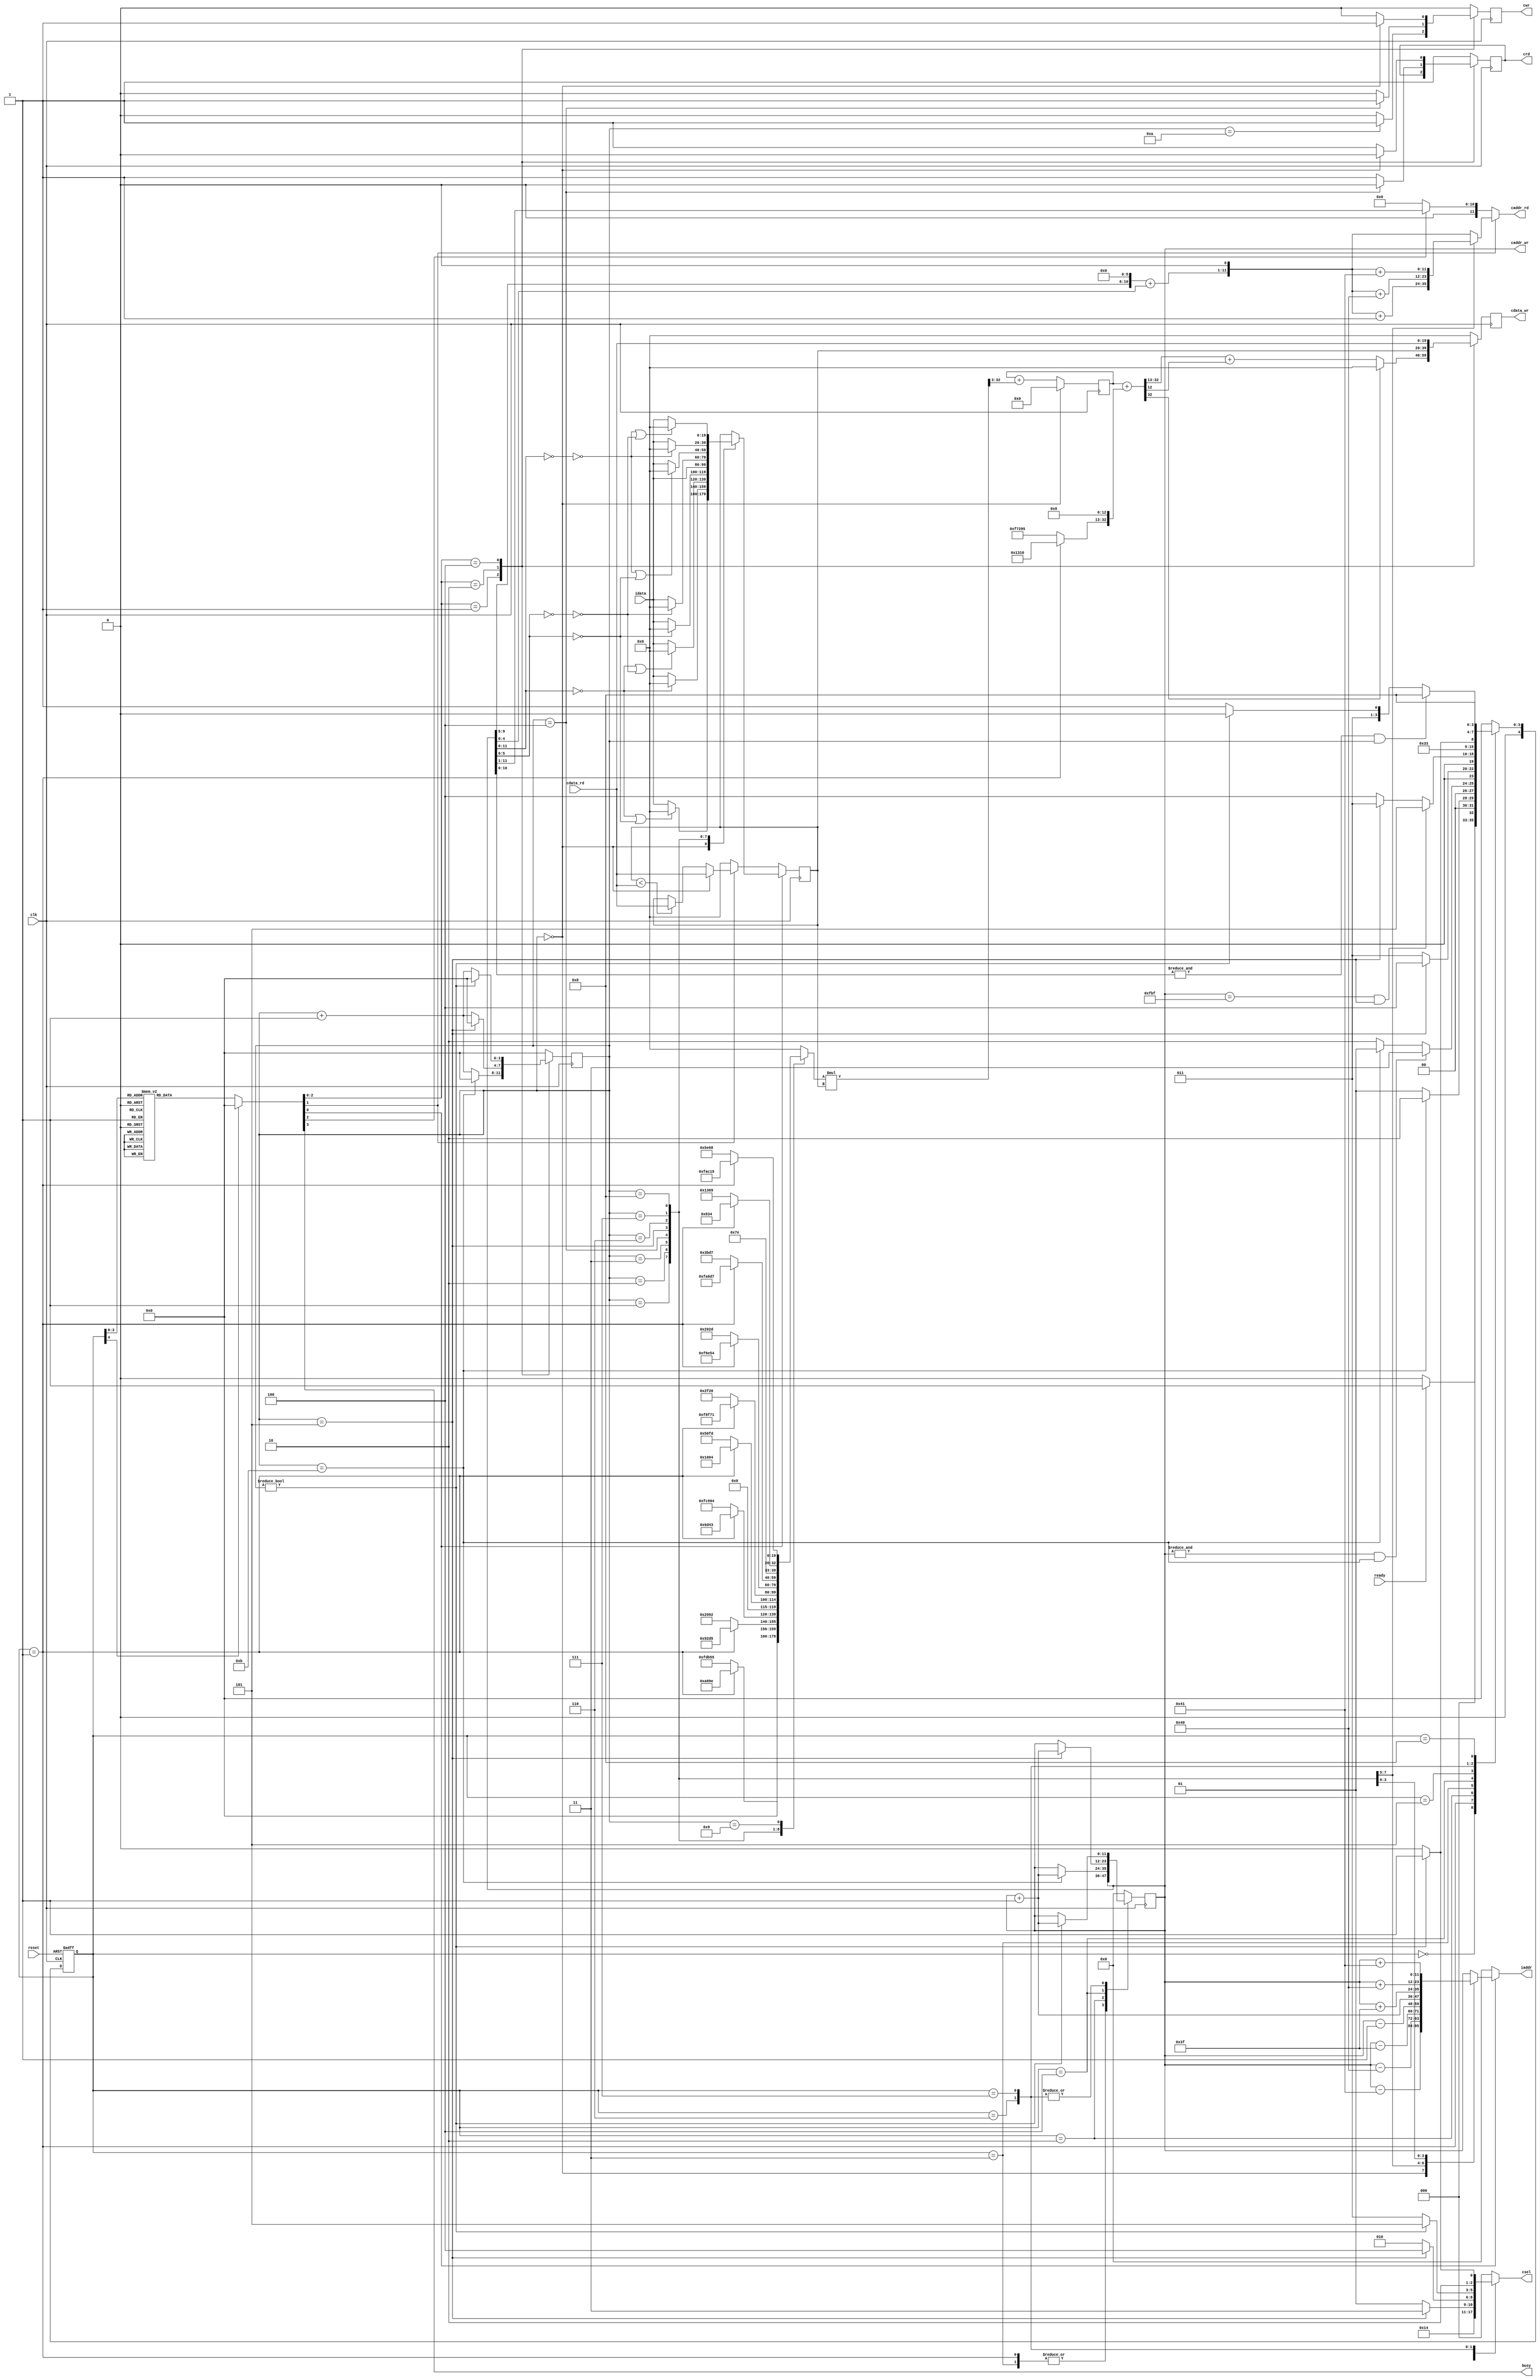
`timescale 1ns/10ps
module  CONV(
input		clk,
input		reset,
output		busy,	
input		ready,	
		
output	reg [11:0] iaddr,
input	[19:0]	idata,	

output	reg	cwr,
output	reg [11:0] caddr_wr,
output	reg [19:0] cdata_wr,

output	reg	crd,
output	reg [11:0] caddr_rd,
input	[19:0] 	cdata_rd,

output	reg [2:0] 	csel  
);
reg [4:0] status, next_status;
reg [3:0] work;
reg [3:0] count;
reg [19:0] kernal;
reg [32:0] kernal_data;
reg [19:0] k_data;

wire [19:0] bias = (status == 1)? 20'h01310: 20'hF7295;
wire [32:0] sum_kernal = $signed(kernal_data) + $signed({bias, 13'b0});
wire [11:0] num = {caddr_wr[11:5] << 2, 4'h0} + caddr_wr[4:0] << 1;
assign busy = work[3];
//=========================================================== status
always @(posedge clk, posedge reset) begin
	if(reset) status <= 5'h0;
	else status <= next_status;
end

always @(*) begin
	case(status)
		0:begin
			if(ready) next_status = 1;
			else next_status = 0;
		end
		1:begin //================================ kernal0 convolutional
			if(count == 11) next_status = 2;
			else next_status = 1;
		end
		2:begin //================================ kernal1 convolutional
			if((&caddr_wr) && (count == 11))
				next_status = 3;
			else if(count == 11) 
				next_status = 1;
			else 
				next_status = 2;
		end
		3:begin //================================ kernal0 max 
			if(count == 5) next_status = 4;
			else next_status = 3;
		end
		4:begin //================================ kernal1 max 
			if((caddr_wr == 20'd4031) && (count == 5))
				next_status = 5;
			else if(count == 5) 
				next_status = 3;
			else 
				next_status = 4;
		end
		5:	next_status = 6;
		6:begin
			if(count) next_status = 7;
			else	  next_status = 6;
		end
		7:begin
			if(&caddr_wr[10:0] && count)
				next_status = 8;
			else if(count)
				next_status = 6;
			else 
				next_status = 7;
		end
		8:	next_status = 8;
		default:next_status = 0;
	endcase
end

always @(*) begin
	case(status)
		1:	work = 4'b1001;
		2:	work = 4'b1001;
		3:	work = 4'b1010;
		4:	work = 4'b1010;
		5:	work = 4'b1000;
		6:	work = 4'b1100;
		7:	work = 4'b1100;
		8:	work = 4'b0000;
		default:work = 4'b0000;
	endcase
end
//=========================================================== count
always @(posedge clk) begin
	case(work[2:0])
		3'b001: begin
			if(count == 11) count <= 4'h0;
			else count <= count + 1'h1;
		end
		3'b010: begin
			if(count == 5) count <= 4'h0;
			else count <= count + 1'h1;
		end
		3'b100: begin
			if(count) count <= 4'h0;
			else count <= count + 1'h1;
		end
		default: count <= 4'h0;
	endcase
end
//=========================================================== caddr_wr
always @(posedge clk) begin
	case(status)
		1, 3:			caddr_wr <= caddr_wr;
		2:begin
			if(count == 11) caddr_wr <= caddr_wr + 1'b1;
		end
		4:begin
			if(count == 5)	caddr_wr <= caddr_wr + 1'b1;
		end
		6, 7:begin	
			if(count)	caddr_wr <= caddr_wr + 1'b1;
		end
		default:		caddr_wr <= 12'h0;
	endcase
end
//=========================================================== iaddr
always @(*) begin
	if(work[0]) begin
		case (count)
			0:	iaddr = caddr_wr - 12'd65; 
			1:	iaddr = caddr_wr - 12'd64; 
			2:	iaddr = caddr_wr - 12'd63; 
			3:	iaddr = caddr_wr - 12'd1; 
			4:	iaddr = caddr_wr; 
			5:	iaddr = caddr_wr + 12'd1; 
			6:	iaddr = caddr_wr + 12'd63; 
			7:	iaddr = caddr_wr + 12'd64; 
			8:	iaddr = caddr_wr + 12'd65; 
			default:iaddr = caddr_wr ;  
		endcase
	end
	else iaddr = 12'd0;
end
//=========================================================== caddr_rd
always @(*) begin
	if(work[1]) begin
		case (count)
			1:	caddr_rd = num + 12'd1; 
			2:	caddr_rd = num + 12'd64; 
			3:	caddr_rd = num + 12'd65; 
			default:caddr_rd = num;  
		endcase
	end
	else if(work[2]) caddr_rd = caddr_wr >> 1;
	else		 caddr_rd = 12'd0;
end
//=========================================================== kernal
always @(posedge clk) begin
	if(work[0])begin
		case(count)
			0:begin
				if(!caddr_wr[11:6] || !caddr_wr[5:0]) 
					kernal <= 20'h0;
				else	      
					kernal <= idata;
			end
			1:begin
				if(!caddr_wr[11:6]) 
					kernal <= 20'h0;
				else	      
					kernal <= idata;
			end
			2:begin
				if(!caddr_wr[11:6] | !(~caddr_wr[5:0])) 
					kernal <= 20'h0;
				else	     
					kernal <= idata;
			end
			3:begin
				if(!caddr_wr[5:0]) 
					kernal <= 20'h0;
				else	      
					kernal <= idata;
			end
			4:kernal <= idata;
			5:begin
				if(!(~caddr_wr[5:0])) 
					kernal <= 20'h0;
				else	      
					kernal <= idata;
			end
			6:begin
				if(!(~caddr_wr[11:6]) | !caddr_wr[5:0]) 
					kernal <= 20'h0;
				else	      
					kernal <= idata;
			end
			7:begin
				if(!(~caddr_wr[11:6])) 
					kernal <= 20'h0;
				else	      
					kernal <= idata;
			end
			8:begin
				if(!(~caddr_wr[11:6]) | !(~caddr_wr[5:0])) 
					kernal <= 20'h0;
				else	      
					kernal <= idata;
			end
		endcase
	end
	else if(work[1])begin
		if(!count) kernal <= cdata_rd;
		else begin
			if(kernal < cdata_rd) kernal <= cdata_rd;
			else kernal <= kernal;
		end
	end
	else kernal <= 20'd0;
end
//=========================================================== kernal_0 & kernal_1 operation
always @(*)begin
	case(count)
		1: k_data = (status == 1)? 20'h0A89E: 20'hFDB55;
		2: k_data = (status == 1)? 20'h092D5: 20'h02992;
		3: k_data = (status == 1)? 20'h06D43: 20'hFC994;
		4: k_data = (status == 1)? 20'h01004: 20'h050FD;
		5: k_data = (status == 1)? 20'hF8F71: 20'h02F20;
		6: k_data = (status == 1)? 20'hF6E54: 20'h0202D;
		7: k_data = (status == 1)? 20'hFA6D7: 20'h03BD7;
		8: k_data = (status == 1)? 20'hFC834: 20'hFD369;
		9: k_data = (status == 1)? 20'hFAC19: 20'h05E68;
		default: k_data = 20'h0;
	endcase
end

always @(posedge clk) begin
	if(!count) kernal_data <= 32'd0;
	else	   kernal_data <= $signed(kernal_data) + (($signed(k_data) * $signed(kernal)) >>> 3);
end
//=========================================================== csel
always @(*)begin
	case(status)
		1: csel = 3'b001;
		2: csel = 3'b010; 
		3: begin
			if(count == 5)	csel = 3'b011; 
			else		csel = 3'b001;
		end
		4: begin
			if(count == 5)	csel = 3'b100; 
			else		csel = 3'b010;
		end
		6:begin
			if(count)	csel = 3'b101;
			else		csel = 3'b011;
		end
		7:begin
			if(count)	csel = 3'b101;
			else		csel = 3'b100;
		end
		default :csel = 3'b000;
	endcase	
end
//=========================================================== crd cwr
always @(posedge clk) begin
	case(work[2:0])
		3'b001: begin
			if(count == 10)	cwr <= 1;
			else 		cwr <= 0;
		end
		3'b010: begin
			if(count == 4)begin
				cwr <= 1;
				crd <= 0;
			end
			else begin
				cwr <= 0;
				crd <= 1;
			end
		end
		3'b100: begin
			if(!count)begin
				cwr <= 1;
				crd <= 0;
			end
			else begin
				cwr <= 0;
				crd <= 1;
			end
		end
		default: begin
			cwr <= 0;
			crd <= 1;
		end
	endcase
end
//=========================================================== cdata_wr
always @(posedge clk) begin
	case(work[2:0])
		3'b001: cdata_wr <= sum_kernal[32]? 20'd0: sum_kernal[32:13] + sum_kernal[12];
		3'b010: cdata_wr <= kernal;
		3'b100: cdata_wr <= cdata_rd;
		default:cdata_wr <= 20'd0;
	endcase
end
endmodule